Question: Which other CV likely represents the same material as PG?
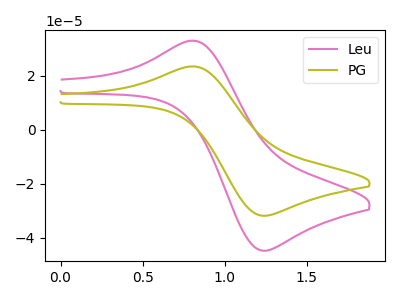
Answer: <think>The pink curve "Leu" has an anodic peak at (0.80V, 32.85uA) and a cathodic peak at (1.25V, -44.75uA). The olive curve "PG" has an anodic peak at (0.80V, 23.35uA) and a cathodic peak at (1.25V, -31.80uA).
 All the peaks in "Leu" have a peak in "PG" at the same potential. Every peak in "Leu" is higher than every peak in "PG".</think>
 <answer>The CV with the most similar shape to "Leu" is "PG".</answer>
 <eval>"PG"</eval>